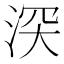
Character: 𣵫